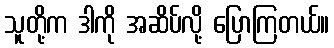
သူတို့က ဒါကို အဆိပ်လို့ ပြောကြတယ်။